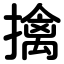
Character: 擒